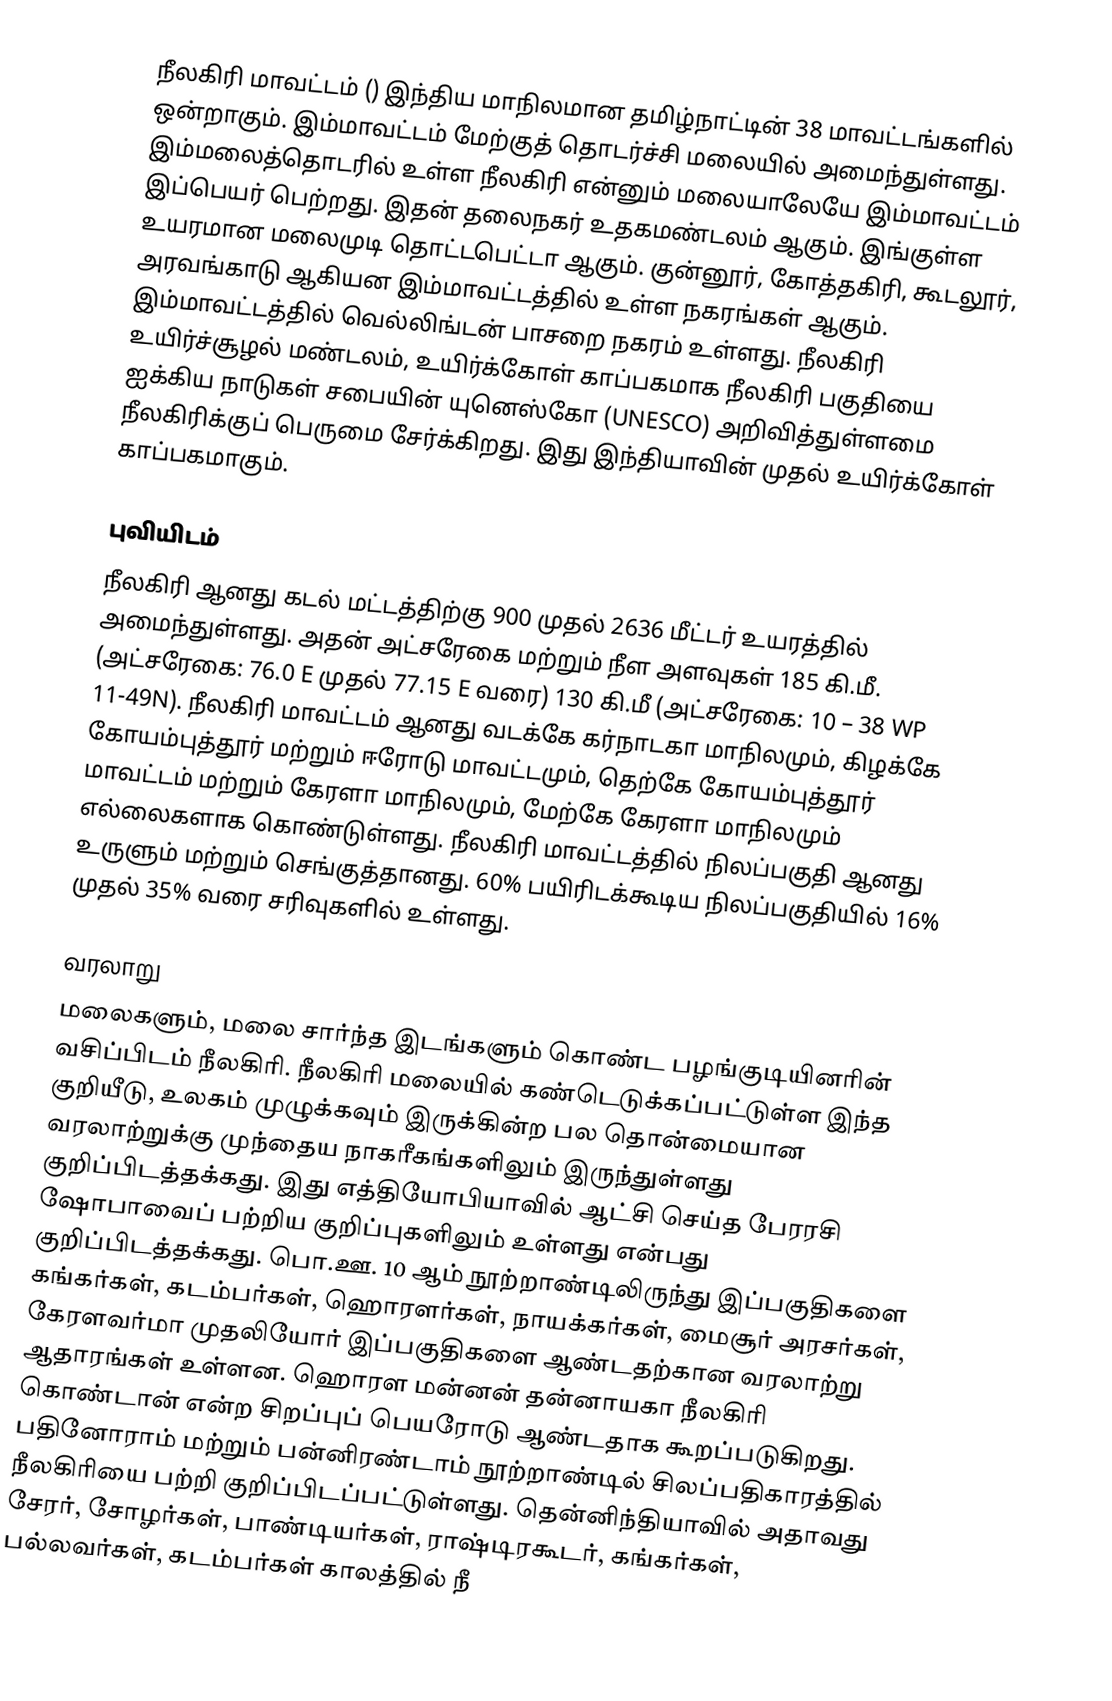
நீலகிரி மாவட்டம் () இந்திய மாநிலமான தமிழ்நாட்டின் 38 மாவட்டங்களில் ஒன்றாகும். இம்மாவட்டம் மேற்குத் தொடர்ச்சி மலையில் அமைந்துள்ளது. இம்மலைத்தொடரில் உள்ள நீலகிரி என்னும் மலையாலேயே இம்மாவட்டம் இப்பெயர் பெற்றது. இதன் தலைநகர் உதகமண்டலம் ஆகும். இங்குள்ள உயரமான மலைமுடி தொட்டபெட்டா ஆகும்.  குன்னூர், கோத்தகிரி, கூடலூர், அரவங்காடு ஆகியன இம்மாவட்டத்தில் உள்ள நகரங்கள் ஆகும். இம்மாவட்டத்தில் வெல்லிங்டன் பாசறை நகரம் உள்ளது. நீலகிரி உயிர்ச்சூழல் மண்டலம், உயிர்க்கோள் காப்பகமாக நீலகிரி பகுதியை ஐக்கிய நாடுகள் சபையின் யுனெஸ்கோ (UNESCO) அறிவித்துள்ளமை நீலகிரிக்குப் பெருமை சேர்க்கிறது. இது இந்தியாவின் முதல் உயிர்க்கோள் காப்பகமாகும்.

புவியிடம்
நீலகிரி ஆனது கடல் மட்டத்திற்கு 900 முதல் 2636 மீட்டர் உயரத்தில் அமைந்துள்ளது. அதன் அட்சரேகை மற்றும் நீள அளவுகள்  185 கி.மீ. (அட்சரேகை: 76.0 E முதல் 77.15 E வரை)  130 கி.மீ (அட்சரேகை: 10 – 38 WP 11-49N). நீலகிரி மாவட்டம் ஆனது வடக்கே கர்நாடகா மாநிலமும், கிழக்கே கோயம்புத்தூர் மற்றும் ஈரோடு மாவட்டமும், தெற்கே கோயம்புத்தூர் மாவட்டம் மற்றும் கேரளா மாநிலமும், மேற்கே கேரளா மாநிலமும் எல்லைகளாக கொண்டுள்ளது. நீலகிரி மாவட்டத்தில் நிலப்பகுதி ஆனது உருளும்  மற்றும் செங்குத்தானது. 60% பயிரிடக்கூடிய நிலப்பகுதியில் 16% முதல் 35% வரை சரிவுகளில் உள்ளது.

வரலாறு
மலைகளும், மலை சார்ந்த இடங்களும் கொண்ட பழங்குடியினரின் வசிப்பிடம் நீலகிரி. நீலகிரி மலையில் கண்டெடுக்கப்பட்டுள்ள இந்த குறியீடு, உலகம் முழுக்கவும் இருக்கின்ற பல தொன்மையான வரலாற்றுக்கு முந்தைய நாகரீகங்களிலும் இருந்துள்ளது குறிப்பிடத்தக்கது. இது எத்தியோபியாவில் ஆட்சி செய்த பேரரசி  ஷோபாவைப் பற்றிய குறிப்புகளிலும் உள்ளது என்பது குறிப்பிடத்தக்கது. பொ.ஊ. 10 ஆம் நூற்றாண்டிலிருந்து இப்பகுதிகளை கங்கர்கள், கடம்பர்கள், ஹொரளர்கள், நாயக்கர்கள், மைசூர் அரசர்கள், கேரளவர்மா முதலியோர் இப்பகுதிகளை ஆண்டதற்கான வரலாற்று ஆதாரங்கள் உள்ளன. ஹொரள மன்னன் தன்னாயகா நீலகிரி கொண்டான் என்ற சிறப்புப் பெயரோடு ஆண்டதாக கூறப்படுகிறது. பதினோராம் மற்றும் பன்னிரண்டாம் நூற்றாண்டில் சிலப்பதிகாரத்தில் நீலகிரியை பற்றி குறிப்பிடப்பட்டுள்ளது. தென்னிந்தியாவில் அதாவது சேரர், சோழர்கள், பாண்டியர்கள், ராஷ்டிரகூடர், கங்கர்கள், பல்லவர்கள், கடம்பர்கள் காலத்தில் நீ